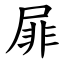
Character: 屝